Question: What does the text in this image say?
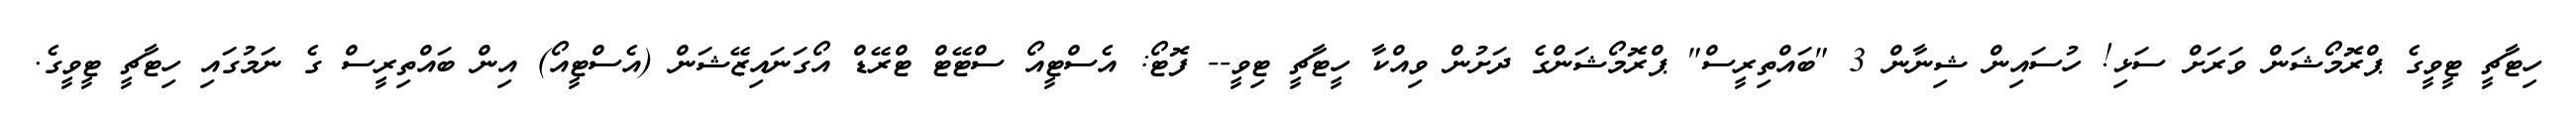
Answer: ހިޓާޗީ ޓީވީގެ ޕްރޮމޯޝަން ވަރަށް ސަޅި! ހުސައިން ޝިނާން 3 "ބައްތިރީސް" ޕްރޮމޯޝަންގެ ދަށުން ވިއްކާ ހީޓާޗީ ޓިވީ-- ފޮޓޯ: އެސްޓީއޯ ސްޓޭޓް ޓްރޭޑް އޯގަނައިޒޭޝަން (އެސްޓީއޯ) އިން ބައްތިރީސް ގެ ނަމުގައި ހިޓާޗީ ޓީވީގެ.